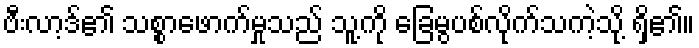
ဗီးလာ့ဒ်၏ သစ္စာဖောက်မှုသည် သူ့ကို ခြေမွပစ်လိုက်သကဲ့သို့ ရှိ၏။